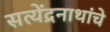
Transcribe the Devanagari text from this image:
सत्येंद्रनाथांचे